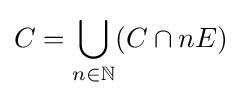
C=\bigcup _{n\in \mathbb {N} }(C\cap nE)